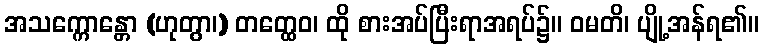
အသက္ကောန္တော (ဟုတွာ၊) တတ္ထေဝ၊ ထို စားအပ်ပြီးရာအရပ်၌။ ဝမတိ၊ ပျို့အန်ရ၏။